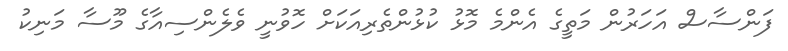
ފަންސާސް އަހަރުން މަތީގެ އެންމެ މޮޅު ކުޅުންތެރިއަކަށް ހޮވުނީ ވެލެންސިއާގެ މޫސާ މަނިކު